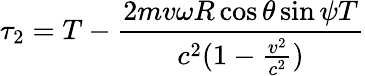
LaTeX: \tau_{2}=T-\frac{2mv\omega R\cos{\theta}\sin{\psi}T}{c^{2}(1-\frac{v^{2}}{c^{2}})}